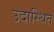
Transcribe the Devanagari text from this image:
उदास्थित